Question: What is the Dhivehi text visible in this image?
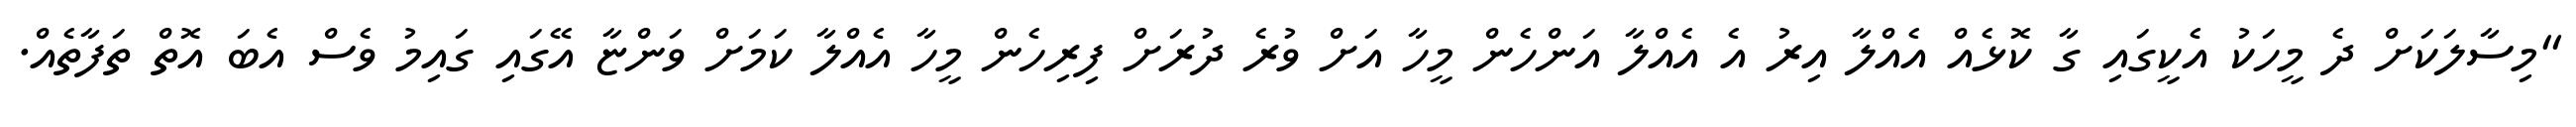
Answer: "މިސާލަކަށް ދެ މީހަކު އެކީގައި ގާ ކޮޅެއް އެއްލާ އިރު އެ އެއްލާ އަންހެން މީހާ އަށް ވުރެ ދުރަށް ފިރިހެން މީހާ އެއްލާ ކަމަށް ވަންޏާ އޭގައި ގައިމު ވެސް އެބަ އޮތް ތަފާތެއް.